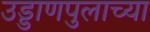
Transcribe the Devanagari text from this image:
उड्डाणपुलाच्या